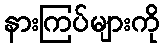
နားကြပ်များကို